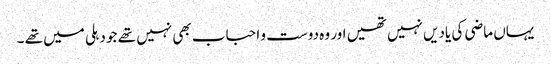
یہاں ماضی کی یادیں نہیں تھیں اور وہ دوست و احباب بھی نہیں تھے جو دہلی میں تھے ۔